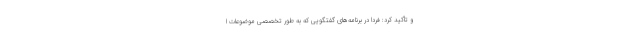
و تأکید کرد: فردا در برنامه‌های گفتگویی که به طور تخصصی موضوعات ا